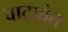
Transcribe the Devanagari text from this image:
वाटावेत